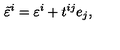
\tilde { \varepsilon } ^ { i } = \varepsilon ^ { i } + t ^ { i j } e _ { j } ,